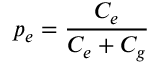
p _ { e } = \frac { C _ { e } } { C _ { e } + C _ { g } }